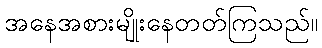
အနေအစားမျိုးနေတတ်ကြသည်။